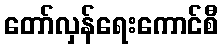
တော်လှန်ရေးကောင်စီ